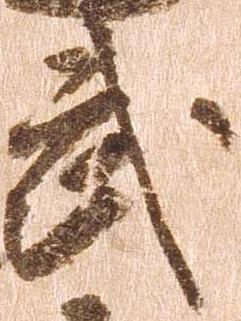
武